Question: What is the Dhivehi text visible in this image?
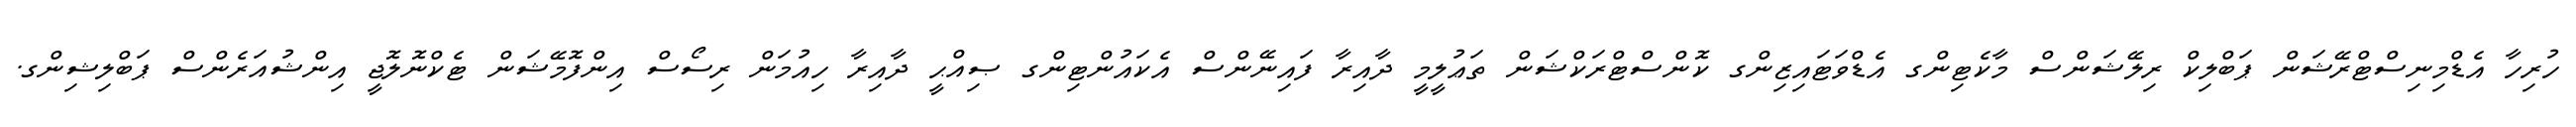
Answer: ހުރިހާ އެޑްމިނިސްޓްރޭޝަން ޕަބްލިކް ރިލޭޝަންސް މާކެޓިންގ އެޑްވަޓައިޒިންގ ކޮންސްޓްރަކްޝަން ތަޢުލީމީ ދާއިރާ ފައިނޭންސް އެކައުންޓިންގ ޞިއްޙީ ދާއިރާ ހިއުމަން ރިސޯސް އިންފޮމޭޝަން ޓެކްނޮލޮޖީ އިންޝުއަރެންސް ޕަބްލިޝިންގ.